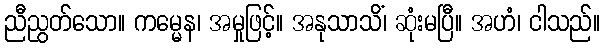
ညီညွတ်သော။ ကမ္မေန၊ အမှုဖြင့်။ အနုသာသိံ၊ ဆုံးမပြီ။ အဟံ၊ ငါသည်။